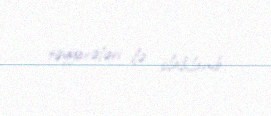
təyyarələri ilə silahlanıb.